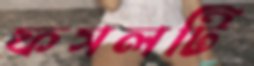
ফসলটি